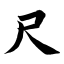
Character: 尺